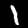
Digit: 1